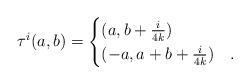
LaTeX: \begin{align*}\tau^i(a,b)=\begin{cases}(a,b+\frac{i}{4k}) & \\(-a,a+b+\frac{i}{4k}) &.\end{cases}\end{align*}